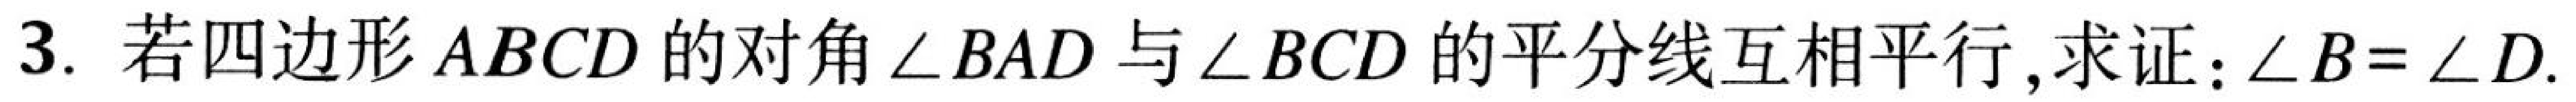
3. 若四边形$ABCD$的对角$\angle BAD$与$\angle BCD$的平分线互相平行, 求证：$\angle B=\angle D$.